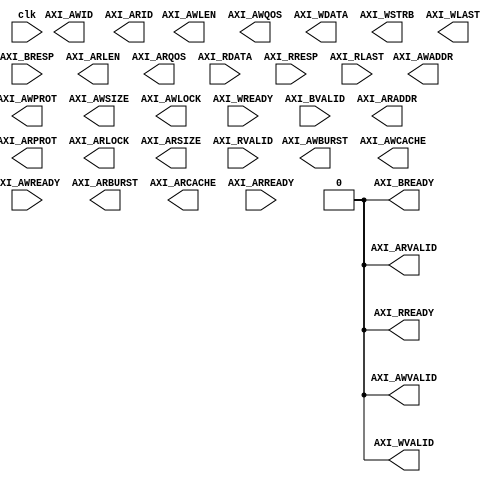
//<><><><><><><><><><><><><><><><><><><><><><><><><><><><><><><><><><><><><><><><><><>
//   This core doesn't do anything at all except for provide an AXI4 master interace
//<><><><><><><><><><><><><><><><><><><><><><><><><><><><><><><><><><><><><><><><><><>

//====================================================================================
//                        ------->  Revision History  <------
//====================================================================================
//
//   Date     Who   Ver  Changes
//====================================================================================
// 10-May-22  DWW  1000  Initial creation
//====================================================================================


module axi4_master_plug #
( 
    parameter integer AXI_DATA_WIDTH = 32,
    parameter integer AXI_ADDR_WIDTH = 32
)
(

    input wire clk, 

    //======================  An AXI Master Interface  =========================

    // "Specify write address"          -- Master --    -- Slave --
    output     [AXI_ADDR_WIDTH-1:0]     AXI_AWADDR,   
    output                              AXI_AWVALID,  
    output     [2:0]                    AXI_AWPROT,
    output     [3:0]                    AXI_AWID,
    output     [7:0]                    AXI_AWLEN,
    output     [2:0]                    AXI_AWSIZE,
    output     [1:0]                    AXI_AWBURST,
    output                              AXI_AWLOCK,
    output     [3:0]                    AXI_AWCACHE,
    output     [3:0]                    AXI_AWQOS,
    input                                               AXI_AWREADY,


    // "Write Data"                     -- Master --    -- Slave --
    output     [AXI_DATA_WIDTH-1:0]     AXI_WDATA,      
    output                              AXI_WVALID,
    output     [(AXI_DATA_WIDTH/8)-1:0] AXI_WSTRB,
    output                              AXI_WLAST,
    input                                               AXI_WREADY,


    // "Send Write Response"            -- Master --    -- Slave --
    input      [1:0]                                    AXI_BRESP,
    input                                               AXI_BVALID,
    output                              AXI_BREADY,

    // "Specify read address"           -- Master --    -- Slave --
    output     [AXI_ADDR_WIDTH-1:0]     AXI_ARADDR,     
    output                              AXI_ARVALID,
    output     [2:0]                    AXI_ARPROT,     
    output                              AXI_ARLOCK,
    output     [3:0]                    AXI_ARID,
    output     [7:0]                    AXI_ARLEN,
    output     [2:0]                    AXI_ARSIZE,
    output     [1:0]                    AXI_ARBURST,
    output     [3:0]                    AXI_ARCACHE,
    output     [3:0]                    AXI_ARQOS,
    input                                               AXI_ARREADY,

    // "Read data back to master"       -- Master --    -- Slave --
    input [AXI_DATA_WIDTH-1:0]                          AXI_RDATA,
    input                                               AXI_RVALID,
    input [1:0]                                         AXI_RRESP,
    input                                               AXI_RLAST,
    output                              AXI_RREADY
    //==========================================================================
);


    assign AXI_WVALID  = 0;
    assign AXI_AWVALID = 0;
    assign AXI_ARVALID = 0;
    assign AXI_RREADY  = 0;
    assign AXI_BREADY  = 0;


endmodule